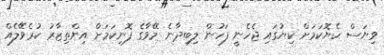
ވިޔަސް ހެޔޮކަމަށް ކިޔުގައި ޖެހެނީ ފަހުން ލިބިދާނެ މޭވާގެ ފޮނިކަމަށް އިންތިޒާރު ކުރެވޭލެއް